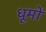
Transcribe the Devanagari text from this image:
धूमों